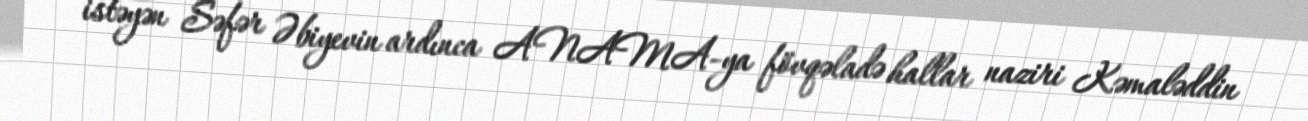
istəyən Səfər Əbiyevin ardınca ANAMA-ya fövqəladə hallar naziri Kəmaləddin